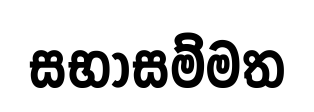
සභාසම්මත